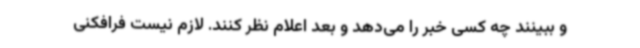
و ببینند چه کسی خبر را می‌دهد و بعد اعلام نظر کنند. لازم نیست فرافکنی